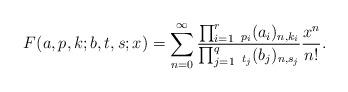
LaTeX: \begin{align*} F(a,p,k;b,t,s;x)= \sum_{n=0}^{\infty}\frac{\prod_{i=1}^{r}\:_{p_{i}}(a_{i})_{n,k_{i}}}{\prod_{j=1}^{q}\:_{t_{j}}(b_{j})_{n,s_{j}}}\frac{x^{n}}{n!}. \end{align*}